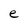
Character: e